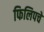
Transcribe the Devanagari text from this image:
फिलिपचे